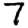
Digit: 7